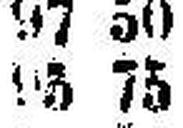
93 75